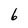
Character: 6